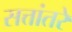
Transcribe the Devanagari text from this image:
सत्तांतरे